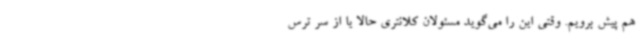
هم پیش برویم. وقتی این را می‌گوید مسئولان کلانتری حالا یا از سر ترس